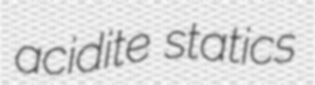
acidite statics